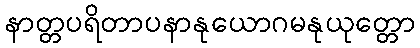
နာတ္တပရိတာပနာနုယောဂမနုယုတ္တော